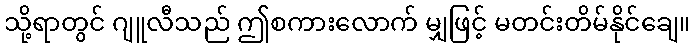
သို့ရာတွင် ဂျူလီသည် ဤစကားလောက် မျှဖြင့် မတင်းတိမ်နိုင်ချေ။